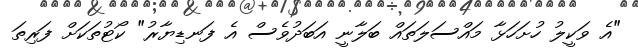
"އެ ވަކީލު ހުށަހަޅާ މައްސަލަތައް ބަލާނީ އަބަދުވެސް އެ ފަނޑިޔާރު" ކޯޓުތަކަށް ފަރިތަ